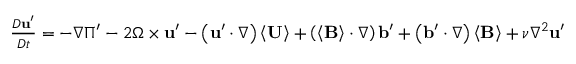
\begin{array} { r l } { \frac { D \mathbf { u } ^ { \prime } } { D t } = - \nabla \Pi ^ { \prime } - 2 \boldsymbol { \Omega } \times \mathbf { u } ^ { \prime } - \left( \mathbf { u } ^ { \prime } \cdot \nabla \right) \left\langle \mathbf { U } \right\rangle + \left( \left\langle \mathbf { B } \right\rangle \cdot \nabla \right) \mathbf { b } ^ { \prime } + \left( \mathbf { b } ^ { \prime } \cdot \nabla \right) \left\langle \mathbf { B } \right\rangle + \nu \nabla ^ { 2 } \mathbf { u } ^ { \prime } } & { { } } \end{array}